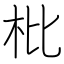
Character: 枇